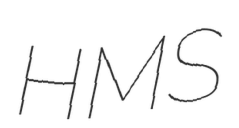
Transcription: HMS